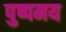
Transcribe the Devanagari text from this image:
पुष्पमय